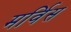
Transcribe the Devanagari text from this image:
मर्विस